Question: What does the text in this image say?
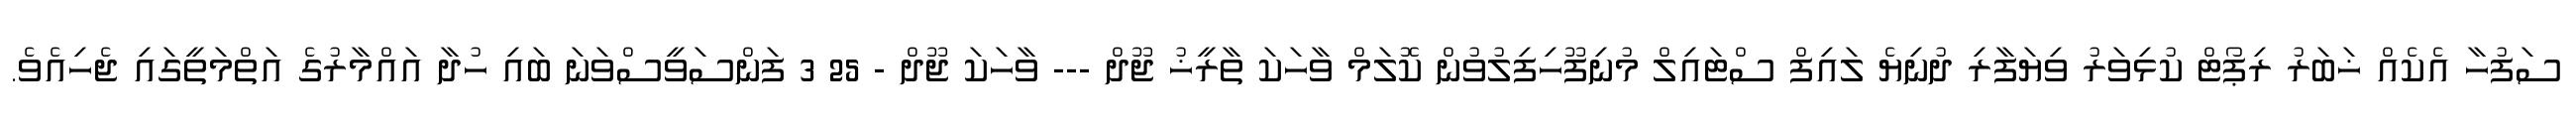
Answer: ސަފުހާ އެކެއް ޚަބަރު ރިޕޯޓް ކުޅިވަރު ވިޔަފާރި ދުނިޔެ ލައިފް ސްޓައިލް މުނިފޫހިފިލުވުން ކޮލަމް ވާހަކަ ތާރީޚު ޖޫދް --- ވާހަކަ ޖޫދް - 25 3 ފަންސަވީސްވަނަ ބައި ހުދާ އައްމާރުގެ އަތްމަތީގައި ޖެހިއެވެ.